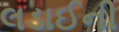
લડાઈની